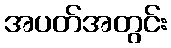
အပတ်အတွင်း